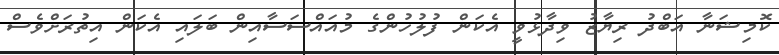
ކޮމިޝަނާ އަބްދު ރިޔާޒު ވިދާޅުވީ އެކަން ފުލުހުންގެ މުއައްސަސާއިން ބަލައި އެކަން އިތުރަށްވެސް